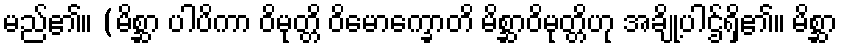
မည်၏။ (မိစ္ဆာ ပါပိကာ ဝိမုတ္တိ ဝိမောက္ခောတိ မိစ္ဆာဝိမုတ္တိဟု အချို့ပါဌ်ရှိ၏။ မိစ္ဆာ